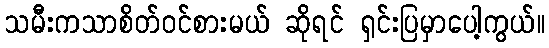
သမီးကသာစိတ်ဝင်စားမယ် ဆိုရင် ရှင်းပြမှာပေါ့ကွယ်။